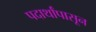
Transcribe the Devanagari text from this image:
पदार्थांपासून